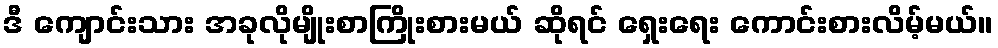
ဒီ ကျောင်းသား အခုလိုမျိုးစာကြိုးစားမယ် ဆိုရင် ရှေးရေး ကောင်းစားလိမ့်မယ်။